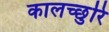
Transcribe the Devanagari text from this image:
कालच्छुरि